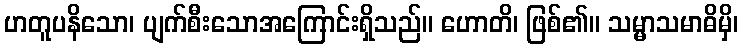
ဟတူပနိသော၊ ပျက်စီးသောအကြောင်းရှိသည်။ ဟောတိ၊ ဖြစ်၏။ သမ္မာသမာဓိမှိ၊